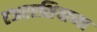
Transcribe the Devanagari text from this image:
एअरएशियाच्या